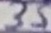
Text: 35